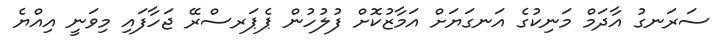
ސަރަނގު އާދަމް މަނިކުގެ އަނގަޔަށް އަމާޒުކޮށް ފުލުހުން ޕެޕަރސްރޭ ޖަހާފައި މިވަނީ އިއްޔެ